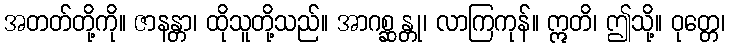
အတတ်တို့ကို။ ဇာနန္တာ၊ ထိုသူတို့သည်။ အာဂစ္ဆန္တု၊ လာကြကုန်။ ဣတိ၊ ဤသို့။ ဝုတ္တေ၊